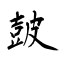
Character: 皷